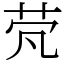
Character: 䒮